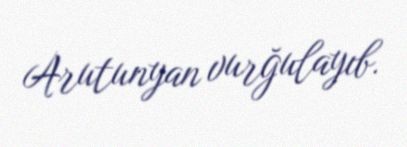
Arutunyan vurğulayıb.